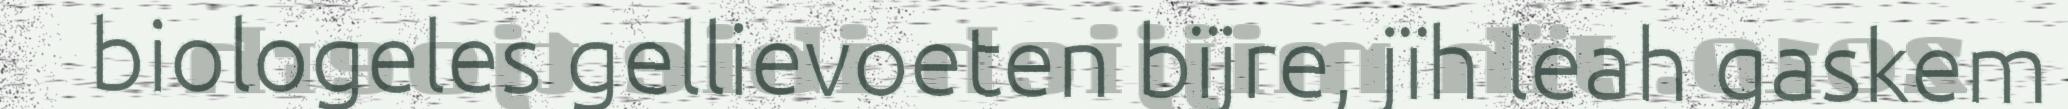
biologeles gellievoeten bïjre, jïh leah gaskem